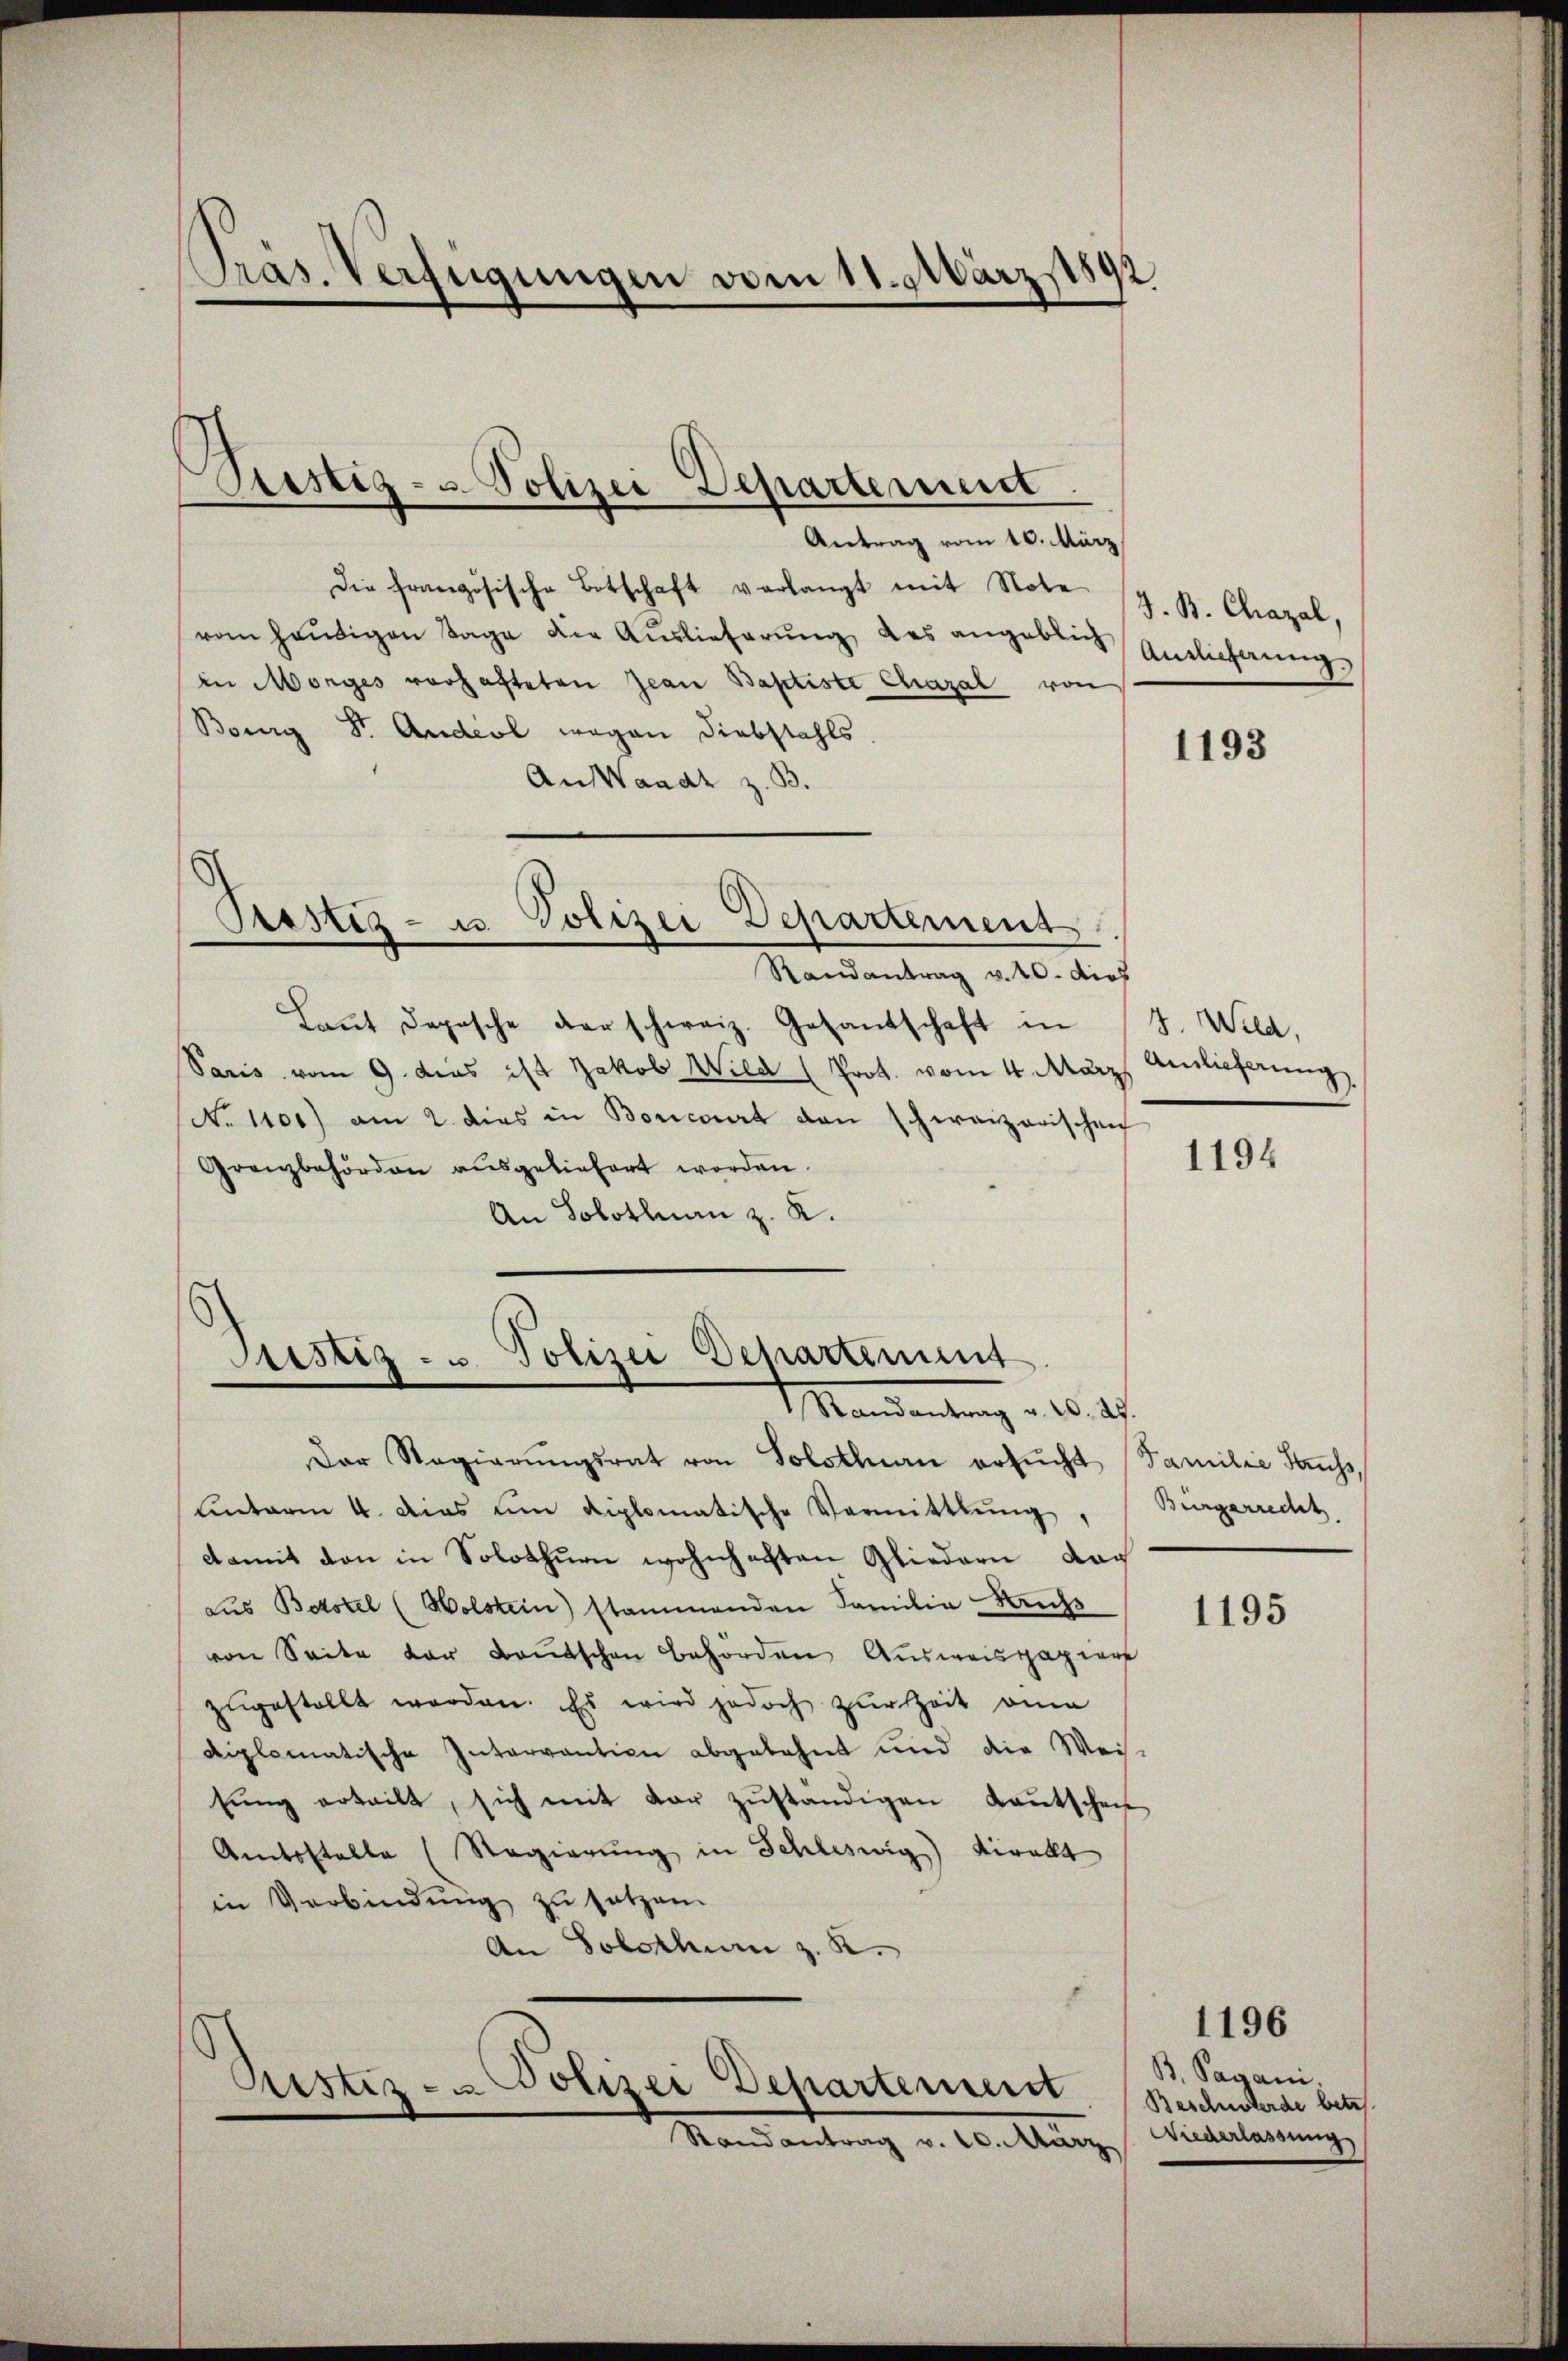
Pras. Verfügungen vom 11. März 1892

Restiz- u. Polizei Departement
Antrag vom 10. März

die französische Botschaft verlangt mit Note G. B. Chazal,
vom heŭtigen Tage die Aŭslieferŭng des angeblich amtlichnŭng.
in Morges vorhafteten Jean Baptiste Chazal von
Bourg S. Andel wegen Diebstahls
An Waadt z. B.

Stestes- u. Polizei Departement
Randantrag v. 20. dies

Sistiz- u. Polizei Departinunt
Mandantung d. 10. d.

Laŭt Depesche der schweiz. Gesantschaft in J. Wild,
Paris vom 9. dies ist Jakob Wild (Prot. vom 4. März
No 1100) am 2. dies in Borcart von schweizerischen
Granzbehörden ausgeliefert worden.
An Solothurn z. K.

Der Regierŭngsrat von Solothurn ersŭcht Familie Sauss,
unterm 4. das um diplomatische Vermittlung, Bürgerrecht
damit den in Solothurn wohnhaften Gliedern dag
aus Botstel (Wolstein) stammenden Familie Nachs
von Seite der Baŭtschen Behörden Ausweispapierf
zŭgestellt werden. Es wird jedoch zur Zeit eina
diplomatische Intervantion abgelehnt und die Wei-
tŭng erteilt, sich mit der zŭständigen Kaŭtschei
Amtsstelle (Regierŭng in Schleswig Direkt
in Verbindung zu setzen.
An Solothur z. R.

Ristiz- & Polizei Departement
Randantrag v. 20. März

1193

Anlieferung

1194

1195

1196
B. Pagani.
Beschnöterde betr
Wiederlassung